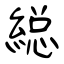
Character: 縂